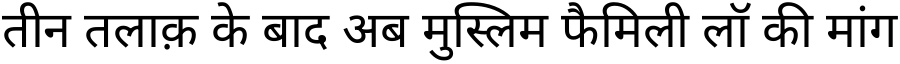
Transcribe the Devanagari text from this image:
तीन तलाक़ के बाद अब मुस्लिम फैमिली लॉ की मांग